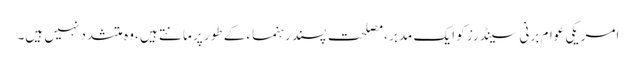
امریکی عوام برنی سینڈرز کو ایک مدبر ،مصلحت پسند رہنماء کے طور پر مانتے ہیں ،وہ متشدد نہیں ہیں۔